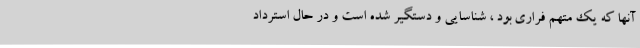
آنها که یک متهم فراری بود ، شناسایی و دستگیر شده است و در حال استرداد